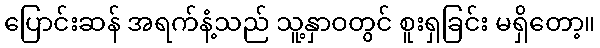
ပြောင်းဆန် အရက်နံ့သည် သူ့နှာဝတွင် စူးရှခြင်း မရှိတော့။